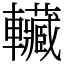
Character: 𰹬